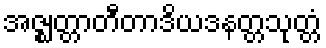
အဇ္ဈတ္တာတီတာဒိယဒနတ္တသုတ္တံ